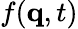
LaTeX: f(\mathbf{q},t)